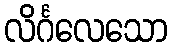
လိင်္ဂလေသော